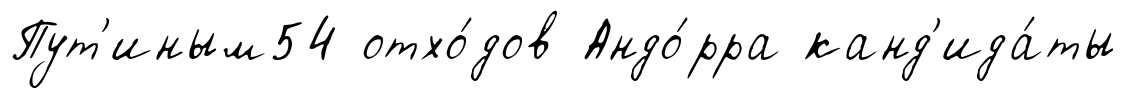
Пут'иным54 отхо́дов Андо́рра канд'ида́ты